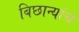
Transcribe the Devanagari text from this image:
बिछान्यांचे